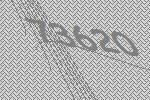
73620